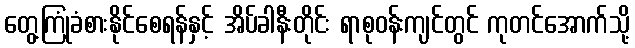
တွေ့ကြုံခံစားနိုင်စေရန်နှင့် အိပ်ခါနီးတိုင်း ရာစုဝန်းကျင်တွင် ကုတင်အောက်သို့